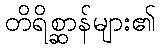
တိရိစ္ဆာန်များ၏